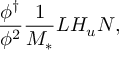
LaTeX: \frac { \phi ^ { \dagger } } { \phi ^ { 2 } } \frac { 1 } { M _ { * } } L H _ { u } N ,